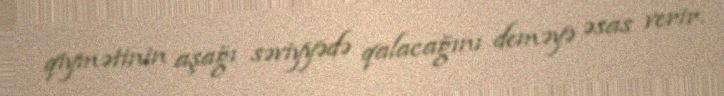
qiymətinin aşağı səviyyədə qalacağını deməyə əsas verir.